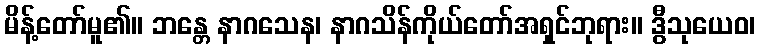
မိန့်တော်မူ၏။ ဘန္တေ နာဂသေန၊ နာဂသိန်ကိုယ်တော်အရှင်ဘုရား။ ဒွီသုယေဝ၊